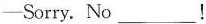
——Sorry. No___!